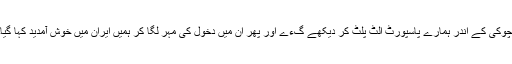
چوکی کے اندر ہمارے پاسپورٹ الٹ پلٹ کر دیکھے گءے اور پھر ان میں دخول کی مہر لگا کر ہمیں ایران میں خوش آمدید کہا گیا۔